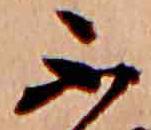
不